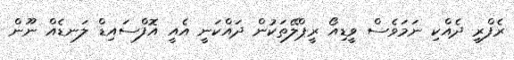
ރެފްރީ ދެއްކި ނަމަވެސް ވީޑިއޯ ރީޕްލޭތަކުން ދައްކަނީ އެއީ އޮފްސައިޑް ލަނޑެއް ނޫން